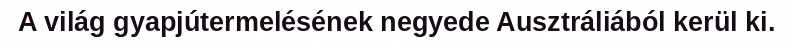
A világ gyapjútermelésének negyede Ausztráliából kerül ki.